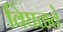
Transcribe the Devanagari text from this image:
विघळते